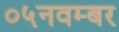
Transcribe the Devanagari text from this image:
०५नवम्बर